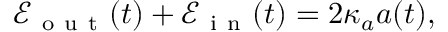
\mathcal { E } _ { \mathrm { ~ o ~ u ~ t ~ } } ( t ) + \mathcal { E } _ { \mathrm { ~ i ~ n ~ } } ( t ) = 2 \kappa _ { a } a ( t ) ,